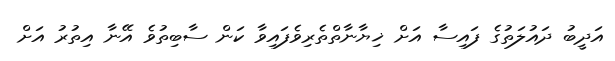
އަދީބު ދައުލަތުގެ ފައިސާ އަށް ޚިޔާނާތްތެރިވެފައިވާ ކަން ސާބިތުވެ އޭނާ އިތުރު އަށް